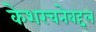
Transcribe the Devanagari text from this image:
केशरचनेबद्दल